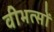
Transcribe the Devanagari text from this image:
वीभत्सों